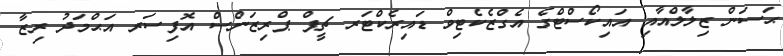
ޙަސަން ޒިލާލްއާއި އައިކޯސްޓްގެ އެގްޒެކެޓިވް ޑައިރެކްޓަރ ޗީޕް ޕްރިޒަންސް އޮފިސަރ އަޙްމަދު ރިޒާ